Report on sanitation, dispensaries, and jails in Rajputana for 1917, and on vaccination for the year 1917-1918 - 1917-1918
Year: 1917
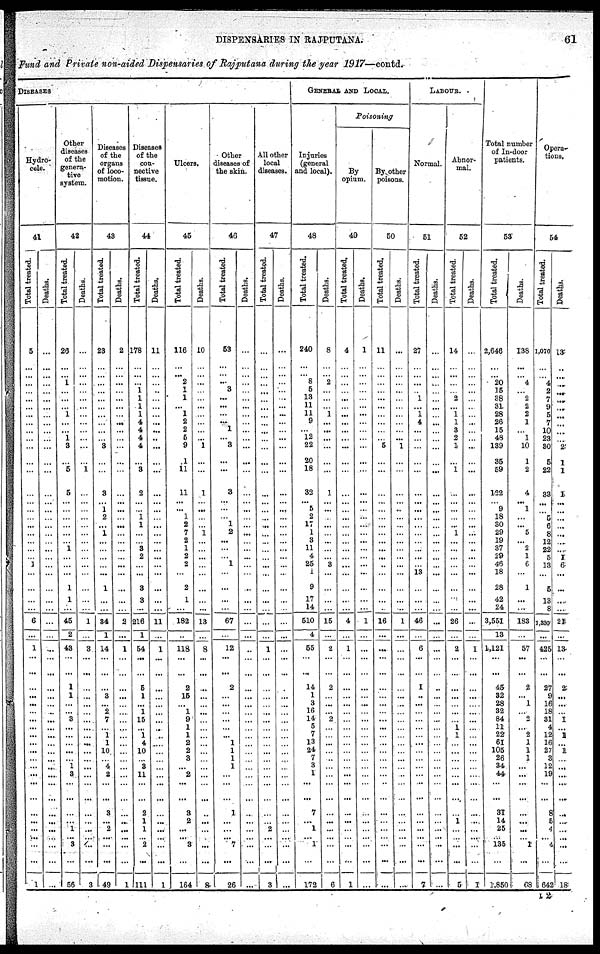
DISPENSARIES IN RAJPUTANA.
61
Fund and Private non-aided Dispensaries of Rajputana during the year 1917—contd.
DISEASES
Hydro¬
cele.
41
Total
treated
5
...
...
...
...
...
...
...
...
...
...
...
...
...
...
...
...
...
...
...
...
...
...
1
...
...
...
...
6
...
1
...
...
...
...
...
...
...
...
...
...
...
... ...
...
...
...
...
...
...
... ...
...
1
Deaths.
...
...
...
...
...
...
...
...
...
...
...
...
...
...
...
...
...
...
...
...
...
...
...
...
...
...
...
...
...
...
...
...
...
...
...
...
...
...
...
...
...
...
... ...
...
...
...
...
...
...
... ...
...
...
Other
diseases
of the
genera-
tive
system
42
Total treated.
26
...
... 1
...
...
... 1
...
...
1
3
...
5
5
...
...
...
...
...
...
1
...
...
...
1
1
...
45
2
43
...
...
1
1
...
... 3
...
...
...
...
... 1
3
...
...
...
...
1
... 3
...
56
Deaths
...
...
...
...
...
...
...
...
...
...
...
...
...
1
...
...
...
...
...
...
...
...
...
...
...
...
...
...
1
...
3
...
...
...
...
...
...
...
...
...
...
...
... ...
...
...
...
...
...
...
... ...
...
3
Diseases
of the
organs
of loco-
motion
43
Tot al treated
23
...
...
...
...
...
...
...
...
...
... 3
...
...
3
... 1
2
...
1
...
...
...
...
...
1
...
...
34
1
14
...
...
...
3
... 2
7
...
1
1
10
... 4
2
...
...
3
...
2
... ...
...
49
Deat hs .
2
...
...
...
...
...
...
...
...
...
...
...
...
...
...
......
...
...
...
...
...
...
...
...
...
...
...
...
2
...
1
...
...
...
...
...
...
...
...
...
...
...
... ...
...
...
...
...
...
...
... ...
...
1
Diseases
of the
con-
nective
tissue.
44
Total treated.
178
...
...
...
1
1
1
1
4
4
4
4
...
3
2
...
... 1
1
...
...
3
2
...
...
3
3
...
216
1
54
...
...
5
1
... 1
15
...
1
4
10
... 3
11
...
...
2
1
1
... 2
...
111
Deaths.
11
...
...
...
...
...
...
...
...
...
...
...
...
...
...
...
...
...
...
...
...
...
...
...
...
...
...
...
11
...
1
...
...
...
...
...
...
...
...
...
...
...
... ...
...
...
...
...
...
...
... ...
...
1
Ulcers.
45
Total treated.
116
...
... 2
1
1
... 1
2
2
5
9
1
11
11
...
... 1
2
7
2
1
2
2
...
2
1
...
182
...
118
...
...
2
15
... 1
9
1
1
2
2
3
...
2
...
...
3
2
...
... 3
...
164
Deaths
10
...
...
...
...
...
...
...
...
...
... 1
...
...
1
...
...
...
...
1
...
...
...
...
...
...
...
...
13
...
8
...
...
...
...
...
...
...
...
...
...
...
... ...
...
...
...
...
...
...
... ...
...
8
Other
diseases of
the skin.
46
Total treated.
53
...
...
... 3
...
...
...
... 1
... 3
...
...
3
...
...
...
1
2
...
...
...
1
...
...
...
...
67
...
12
...
...
2
...
...
...
...
...
... 1
1
1
1
...
...
...
1
...
...
... 7
...
26
Deaths.
...
...
...
...
...
...
...
...
...
...
...
...
...
...
...
...
...
...
...
...
...
...
...
...
...
...
...
...
...
...
...
...
...
...
...
...
...
...
...
...
...
...
... ...
...
...
...
...
...
...
... ...
...
...
All other
local
diseases.
47
Total treated.
...
...
...
...
...
...
...
...
...
...
...
...
...
...
...
...
...
...
...
...
...
...
...
...
...
...
...
...
...
...
1
...
...
...
...
...
...
...
...
...
...
...
... ...
...
...
...
...
...
2
... ...
...
3
Deaths
...
...
...
...
...
...
...
...
...
...
...
...
...
...
...
...
...
...
...
...
...
...
...
...
...
...
...
...
...
...
...
...
...
...
...
...
...
...
...
...
...
...
... ...
...
...
...
...
...
...
... ...
...
...
GENERAL AND LOCAL.
Injuries
(general
and local).
48
Total treated.
240
...
... 8
5
13
11
11
9
...
12
22
20
18
32
... 5
2
17
1
3
11
4
25
1
9
17
14
510
4
55
...
...
14
1
3
16
14
5
7
13
24
7
3
1
...
...
7
...
1
... 1
...
172
Deaths
8
...
... 2
...
...
... 1
...
...
...
...
...
...
1
...
...
...
...
...
...
...
...
3
...
...
...
...
15
...
2
...
...
2
...
...
... 2
...
...
...
...
... ...
...
...
...
...
...
...
... ...
...
6
Poisoning
By
opium.
49
Total treated.
4
...
...
...
...
...
...
...
...
...
...
...
...
...
...
...
...
...
...
...
...
...
...
...
...
...
...
...
4
...
1
...
...
...
...
...
...
...
...
...
...
...
... ...
...
...
...
...
...
...
... ...
...
1
Deaths.
1
...
...
...
...
...
...
...
...
...
...
...
...
...
...
...
...
...
...
...
...
...
...
...
...
...
...
...
1
...
...
...
...
...
...
...
...
...
...
...
...
...
... ...
...
...
...
...
...
...
... ...
...
...
By other
poisons
50
Total treated.
11
...
...
...
...
...
...
...
...
...
... 5
...
...
...
...
...
...
...
...
...
...
...
...
...
...
...
...
16
...
...
...
...
...
...
...
...
...
...
...
...
...
... ...
...
...
...
...
...
...
... ...
...
...
Deaths
...
...
...
...
...
...
...
...
...
...
... 1
...
...
...
...
...
...
...
...
...
...
...
...
...
...
...
...
1
...
...
...
...
...
...
...
...
...
...
...
...
...
... ...
...
...
...
...
...
...
... ...
...
...
LABOUR.
Normal
51
Tot al treated
27
...
...
...
...
1
... 1
4
...
...
...
...
...
...
...
...
...
...
...
...
...
...
... 13
...
...
...
46
...
6
...
...
1
...
...
...
...
...
...
...
...
... ...
...
...
...
...
...
...
... ...
...
7
Deat hs
...
...
...
...
...
...
...
...
...
...
...
...
...
...
...
...
...
...
...
...
...
...
...
...
...
...
...
...
...
...
...
...
...
...
...
...
...
...
...
...
...
...
... ...
...
...
...
...
...
...
... ...
...
...
Abnor-
mal.
52
Total treated
14
...
...
...
...
2
... 1
1
3
2
1
...
1
...
...
...
...
...
1
...
...
...
...
...
...
...
...
26
...
2
...
...
...
...
...
...
...
1
1
...
...
... ...
...
...
...
...
1
...
... ...
...
5
Deaths
...
...
...
...
...
...
...
...
...
...
...
...
...
...
...
...
...
...
...
...
...
...
...
...
...
...
...
...
...
...
1
...
...
...
...
...
...
...
...
...
...
...
... ...
...
...
...
...
...
...
... ...
...
1
Total number
of In-door
patients.
53
Tot al treated.
2,646
...
... 20
15
38
31
28
26
15
48
139
35
59
122
... 9
18
30
29
19
37
29
46
18
28
42
24
3,551
13
1,121
...
...
45
32
28
32
84
11
22
61
105
26
34
44
...
...
31
14
25
... 135
...
1,850
Deat hs
138
...
... 4
...
2
2
2
1
...
1
10
1
2
4
... 1
...
...
5
...
2
1
6
...
1
...
...
183
...
57
...
...
2
...
1
... 2
...
2
1
1
1
...
...
...
...
...
...
...
... 1
...
68
Opera¬
tions.
54
Total treated.
1,676
...
...
4
2
7
9
5
7
10
23
30
5
22
33
...
...
5
6
8
12
22
5
13
...
5
13
8
1,330
...
425
...
...
27
9
16
18
31
4
12
16
27
3
12
19
...
...
8
5
4
... 4
...
642
Deaths.
13
...
...
...
...
...
...
...
...
...
...
2
1
1
1
...
...
...
...
...
...
...
1
6
...
...
...
...
21
...
13
...
...
2
...
...
... 1
...
1
...
1
... ...
...
...
...
...
...
...
... ...
...
18
I 2